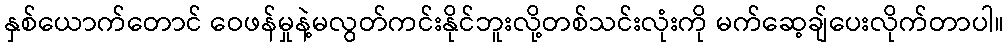
နှစ်ယောက်တောင် ဝေဖန်မှုနဲ့မလွတ်ကင်းနိုင်ဘူးလို့တစ်သင်းလုံးကို မက်ဆေ့ချ်ပေးလိုက်တာပါ။